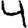
Digit: 4